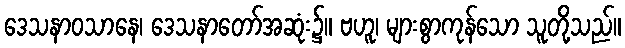
ဒေသနာဝသာနေ၊ ဒေသနာတော်အဆုံး၌။ ဗဟူ၊ များစွာကုန်သော သူတို့သည်။